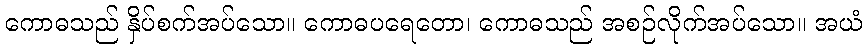
ကောဓသည် နှိပ်စက်အပ်သော။ ကောဓပရေတော၊ ကောဓသည် အစဉ်လိုက်အပ်သော။ အယံ